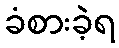
ခံစားခဲ့ရ